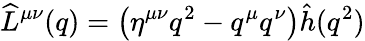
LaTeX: \widehat L^{\mu\nu}(q)=\left(\eta^{\mu\nu}q^{2}-q^{\mu}q^{\nu}\right)\hat{h}(q^{2})